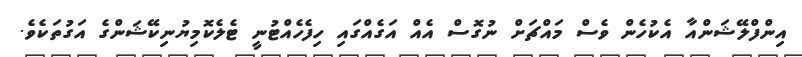
އިންފްލޭޝަންއާ އެކުހެން ވެސް މައްޗަށް ނުގޮސް އެއް އަގެއްގައި ހިފެހެއްޓުނީ ޓެލެކޮމިޔުނިކޭޝަންގެ އަގުތަކެވެ.